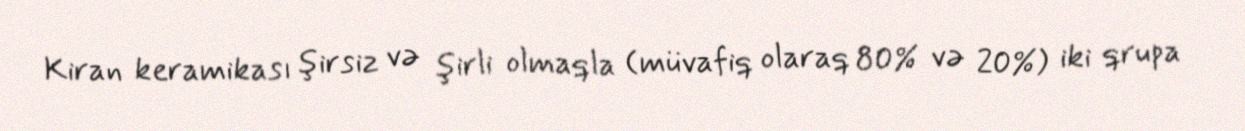
Kiran keramikası şirsiz və şirli olmaqla (müvafiq olaraq 80% və 20%) iki qrupa